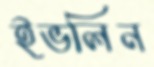
ইভলিন